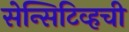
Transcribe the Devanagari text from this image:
सेन्सिटिव्हची